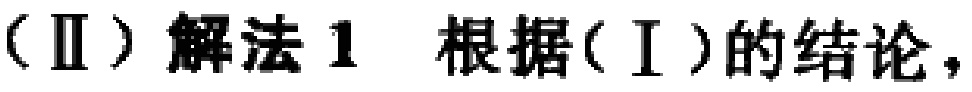
（Ⅱ）解法 1 根据（Ⅰ）的结论，